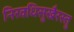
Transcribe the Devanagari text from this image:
निरवधिसुखैरस्तु